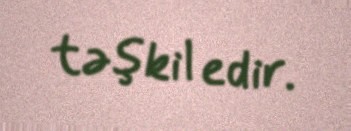
təşkil edir.